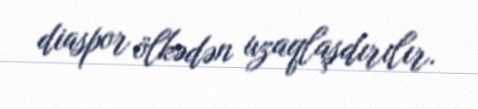
diaspor ölkədən uzaqlaşdırılır.